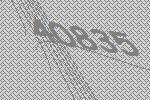
40835